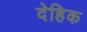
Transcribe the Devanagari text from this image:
देहिक